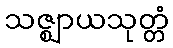
သဇ္ဈာယသုတ္တံ